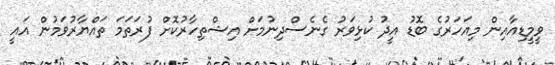
ވީމީޑިއާއިން މިއަހަރުގެ ބޮޑު އީދު ކުޅިވަރު ގެނެސްދިނުމަށް އިޝްތިހާރުކޮށް ފުރަތަމަ ތައްޔާރުވަމުން އައީ